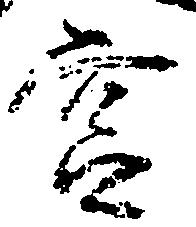
宮